Civil Veterinary Dept. North-West Frontier Province 1923-32 - 1923-1932
Year: 1923
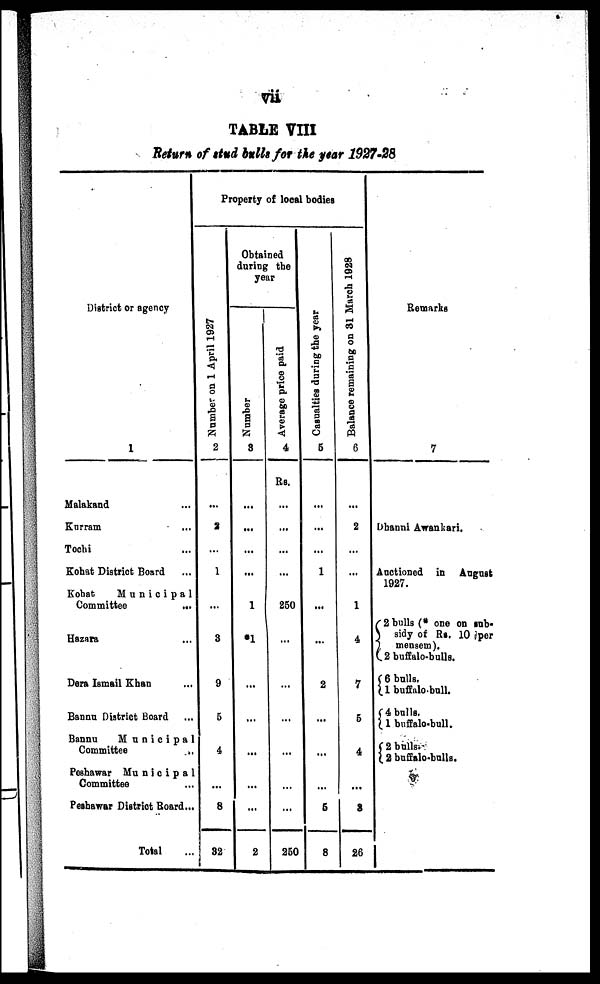
vii
TABLE VIII
Return of stud bulls for the year 1927-28
District or agency
1
Malakand ...
Kurram ...
Tochi ...
Kohat District Board ...
Kohat
Municipal
Committee
...
Hazara ...
Dera Ismail Khan ...
Bannu District Board ...
Bannu
Municipal
Committee
..
Peshawar Municipa1
Committee
Peshawar District Board...
Total ...
Property of local bodies
Nu mb e r on 1 April 1927
2
...
2
...
1
...
3
9
5
4
...
8
32
Obtained
during the
year
Number
3
...
...
...
...
1
*1
...
...
...
...
...
2
Average price paid
4
Rs.
...
...
...
...
250
...
...
...
...
...
...
250
Casualties during the year
5
...
...
...
1
...
...
2
...
...
...
5
8
Balance remaining on 31 March 1928
6
...
2
...
...
1
4
7
5
4
...
3
26
Remarks
7
Dhanni Awankari.
Auctioned in August
1927.
{ 2 bulls (* one on sub-
sidy of Rs. 10 per
mensem).
2 buffalo-bulls.
{ 6 bulls,
1 buffalo-bull.
{ 4 bulls.
1 buffalo-bull.
{ 2 bulls.
2 buffalo-bulls.